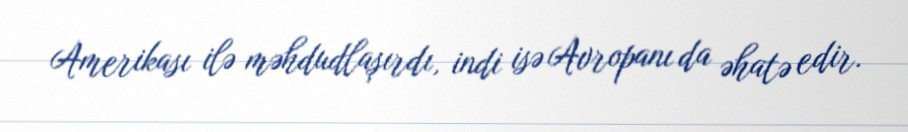
Amerikası ilə məhdudlaşırdı, indi isə Avropanı da əhatə edir.